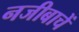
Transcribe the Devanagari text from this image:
नजीबाचें